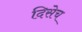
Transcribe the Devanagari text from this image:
दिसेच